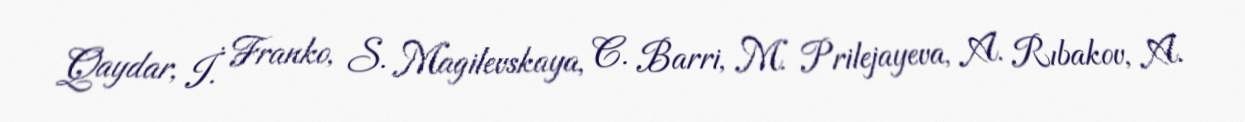
Qaydar, İ. Franko, S. Magilevskaya, C. Barri, M. Prilejayeva, A. Rıbakov, A.